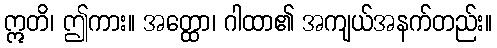
ဣတိ၊ ဤကား။ အတ္ထော၊ ဂါထာ၏ အကျယ်အနက်တည်း။